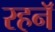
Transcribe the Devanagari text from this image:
रहनॅ